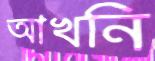
আখনি